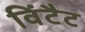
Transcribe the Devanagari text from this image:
विंटैट